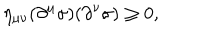
\eta _ { \mu \nu } ( \partial ^ { \mu } \sigma ) ( \partial ^ { \nu } \sigma ) \geq 0 ,